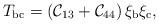
LaTeX: \begin{align*}T_{\rm{bc}} = \left({\cal C}_{13}+{\cal C}_{44}\right)\xi_{\rm b}\xi_{\rm c} ,\end{align*}